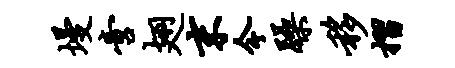
墁啻翅末今躁移摺